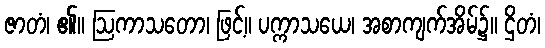
ဇာတံ၊ ၏။ ဩကာသတော၊ ဖြင့်။ ပက္ကာသယေ၊ အစာကျက်အိမ်၌။ ဌိတံ၊